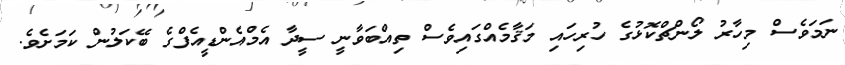
ނަމަވެސް މިހާރު ލޯންޗްކޮޅުގެ ހުރިހައި މަޤާމެއްގައިވެސް ތިއްބަވާނީ ސީދާ އެމްއެންޑީއެފްގެ ބޭކަލުން ކަމަށެވެ.